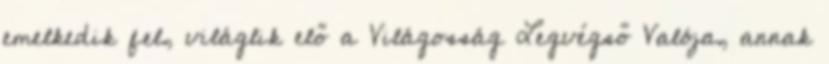
emelkedik fel, világlik elő a Világosság Legvégső Valója, annak